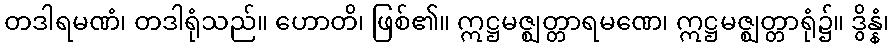
တဒါရမဏံ၊ တဒါရုံသည်။ ဟောတိ၊ ဖြစ်၏။ ဣဋ္ဌမဇ္ဈတ္တာရမဏေ၊ ဣဋ္ဌမဇ္ဈတ္တာရုံ၌။ ဒွိန္နံ၊